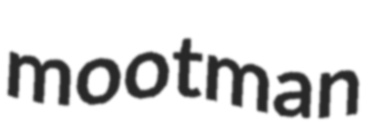
mootman